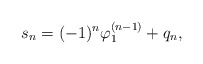
\begin{align*}s_n=(-1)^n\varphi_1^{(n-1)}+ q_n,\end{align*}